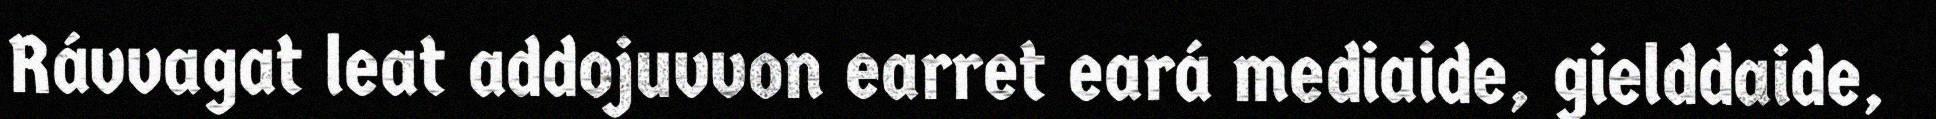
Rávvagat leat addojuvvon earret eará mediaide, gielddaide,